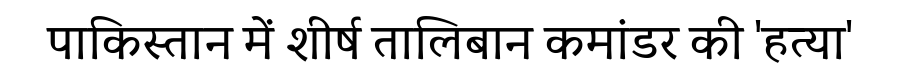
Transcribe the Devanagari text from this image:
पाकिस्तान में शीर्ष तालिबान कमांडर की 'हत्या'